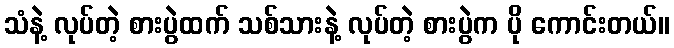
သံနဲ့ လုပ်တဲ့ စားပွဲထက် သစ်သားနဲ့ လုပ်တဲ့ စားပွဲက ပို ကောင်းတယ်။